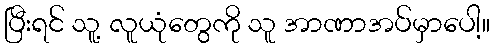
ပြီးရင် သူ့ လူယုံတွေကို သူ အာဏာအပ်မှာပေါ့။